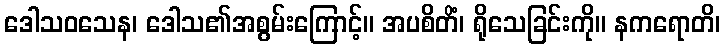
ဒေါသဝသေန၊ ဒေါသ၏အစွမ်းကြောင့်။ အပစိတိံ၊ ရိုသေခြင်းကို။ နကရောတိ၊